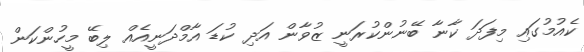
ކެއުމުގައި މިފަދަ ކާނާ ބޭނުންކުރަނީ ޒުވާން އަދި ކުޑަ އާމްދަނީއެއް ލިބޭ މީހުންކަން